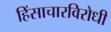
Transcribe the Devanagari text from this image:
हिंसाचारविरोधी